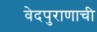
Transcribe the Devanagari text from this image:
वेदपुराणाची